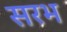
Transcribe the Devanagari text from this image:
सरभ